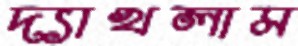
দ্যাখলাম